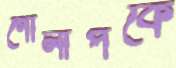
গোলাপকে